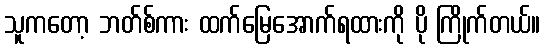
သူကတော့ ဘတ်စ်ကား ထက်မြေအောက်ရထားကို ပို ကြိုက်တယ်။